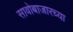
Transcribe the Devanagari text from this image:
सावोबाजारच्या